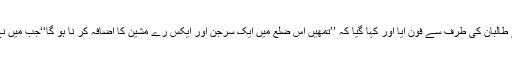
صحت کے شعبے سے تعلق رکھنے والے ایک سرکاری افسر کا کہنا تھا کہ مجھے طالبان کی طرف سے فون آیا اور کہا گیا کہ ’’تمھیں اس ضلع میں ایک سرجن اور ایکس رے مشین کا اضافہ کر نا ہو گا‘‘جب میں نے ان پوچھا کہ تمھیں کیسا لگتا ہے، جب اس طریقے سے احکامات دیے جاتے ہیں؟